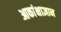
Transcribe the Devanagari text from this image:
आकांक्षाज्ञान